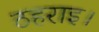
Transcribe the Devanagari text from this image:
ठहराइ।